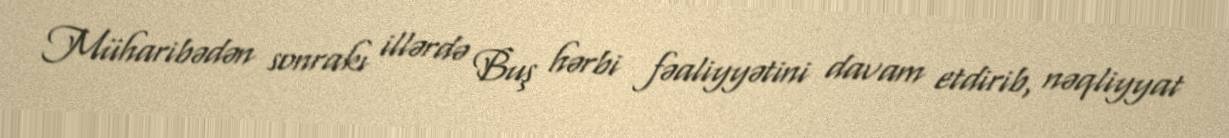
Müharibədən sonrakı illərdə Buş hərbi fəaliyyətini davam etdirib, nəqliyyat